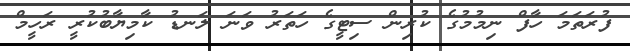
ފުރަތަމަ ހާފް ނިމުމުގެ ކުރިން ސިޓީގެ ހަތަރު ވަނަ ލަނޑު ކާމިޔާބުކުރީ ރަހީމް